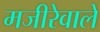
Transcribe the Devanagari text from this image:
मजीरेवाले